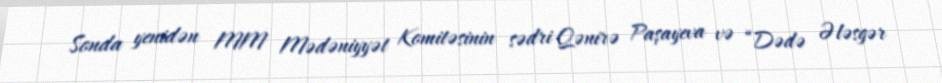
Sonda yenidən MM Mədəniyyət Komitəsinin sədri Qənirə Paşayeva və “Dədə Ələsgər